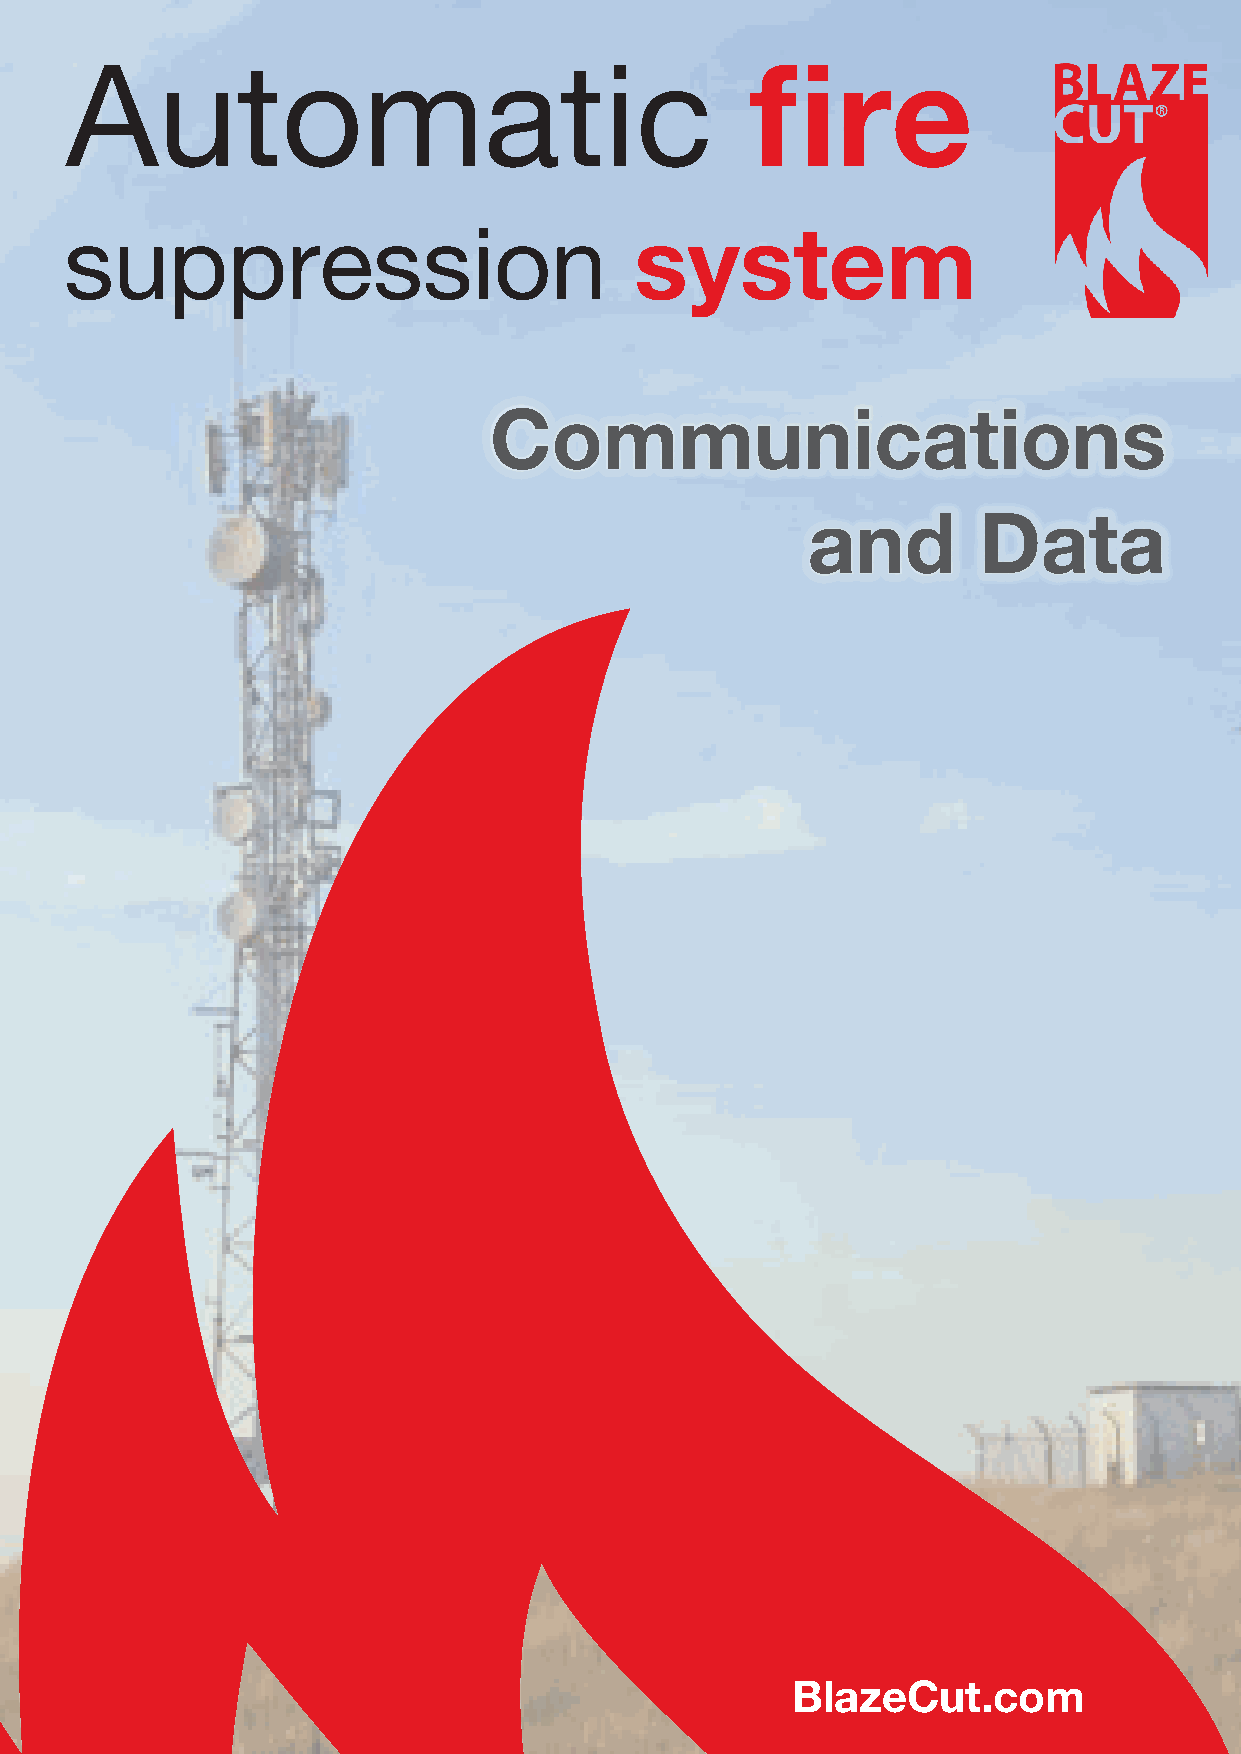
Automatic                                     fire
 suppression                           system
 Communications
 and         Data
 BlazeCut.com